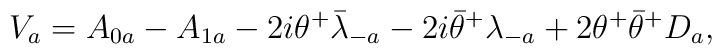
V_a=A_{0a}-A_{1a}-2i\theta^+ {\bar \lambda}_{-a}-2i{\bar \theta}^+ \lambda_{-a} +2 \theta^+ {\bar \theta}^+ D_a,